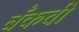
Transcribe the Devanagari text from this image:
बँकची